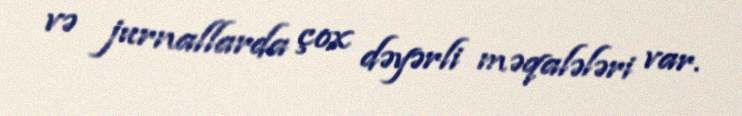
və jurnallarda çox dəyərli məqalələri var.